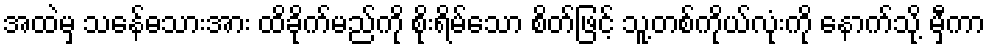
အထဲမှ သနေ်ဓသားအား ထိခိုက်မည်ကို စိုးရိမ်သော စိတ်ဖြင့် သူ့တစ်ကိုယ်လုံးကို နောက်သို့ မှီကာ